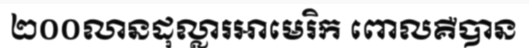
២០០លានដុល្លារអាមេរិក ពោលគឺបាន